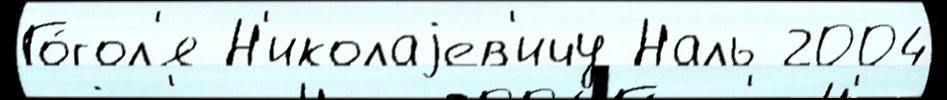
Го́гол'я Н'иколаjев'ичу Наль 2004